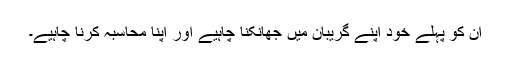
ان کو پہلے خود اپنے گریبان میں جھانکنا چاہیے اور اپنا محاسبہ کرنا چاہیے۔